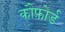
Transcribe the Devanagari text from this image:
कौफ़ोर्ड